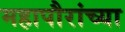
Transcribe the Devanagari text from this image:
महापौरांच्या